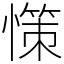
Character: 憡